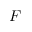
\boldsymbol { F }